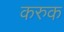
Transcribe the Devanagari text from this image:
करुक